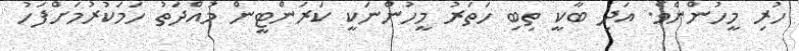
ހުރި މީހުންނެވެ. އަދި ބާކީ ތިބި ހަތަރު މީހުންނަކީ ކަރަންޓީން މުއްދަތު ހަމަކުރުމަށްފަހު